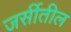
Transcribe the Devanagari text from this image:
जर्सीतील